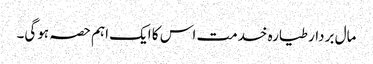
مال بردار طیارہ خدمت اس کا ایک اہم حصہ ہوگی۔